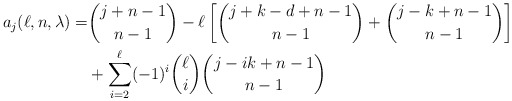
\begin{align*}a_j (\ell, n, \lambda) = & \binom{j+n-1}{n-1} - \ell \left [ \binom{j + k - d+ n-1}{n-1} + \binom{j - k + n-1}{n-1} \right ] \\& + \sum_{i=2}^\ell (-1)^i \binom{\ell}{i} \binom{j - i k + n-1}{n-1} \end{align*}